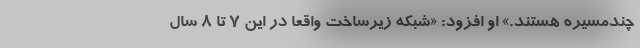
چندمسیره هستند.» او افزود: «شبکه زیرساخت واقعاً در این ۷ تا ۸ سال